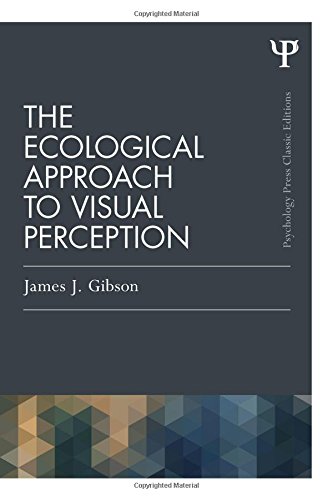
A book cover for The Ecological Approach to Visual Perception: Classic Edition (Psychology Press & Routledge Classic Editions); James J. Gibson; Medical Books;